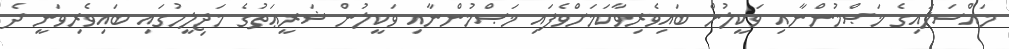
މައްސަލައިގެ ޚަޞްމުންނާއި ވަކީލުން ބައިވެރިވާކަމަށްވެފައި ޚަޞްމުންނާއި ވަކީލުން ޝަރީޢަތުގެ މަޖިލީހުގައި ބައިވެރިވަނީ ދެ